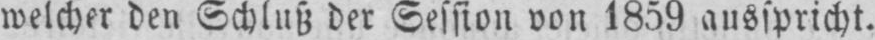
welcher den Schluß der Session von 1859 ausspricht.